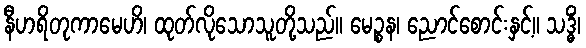
နီဟရိတုကာမေဟိ၊ ထုတ်လိုသောသူတို့သည်။ မေဉ္စန၊ ညောင်စောင်းနှင့်။ သဒ္ဓိံ၊